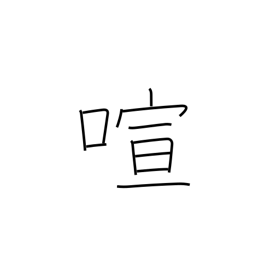
Meaning: boisterous